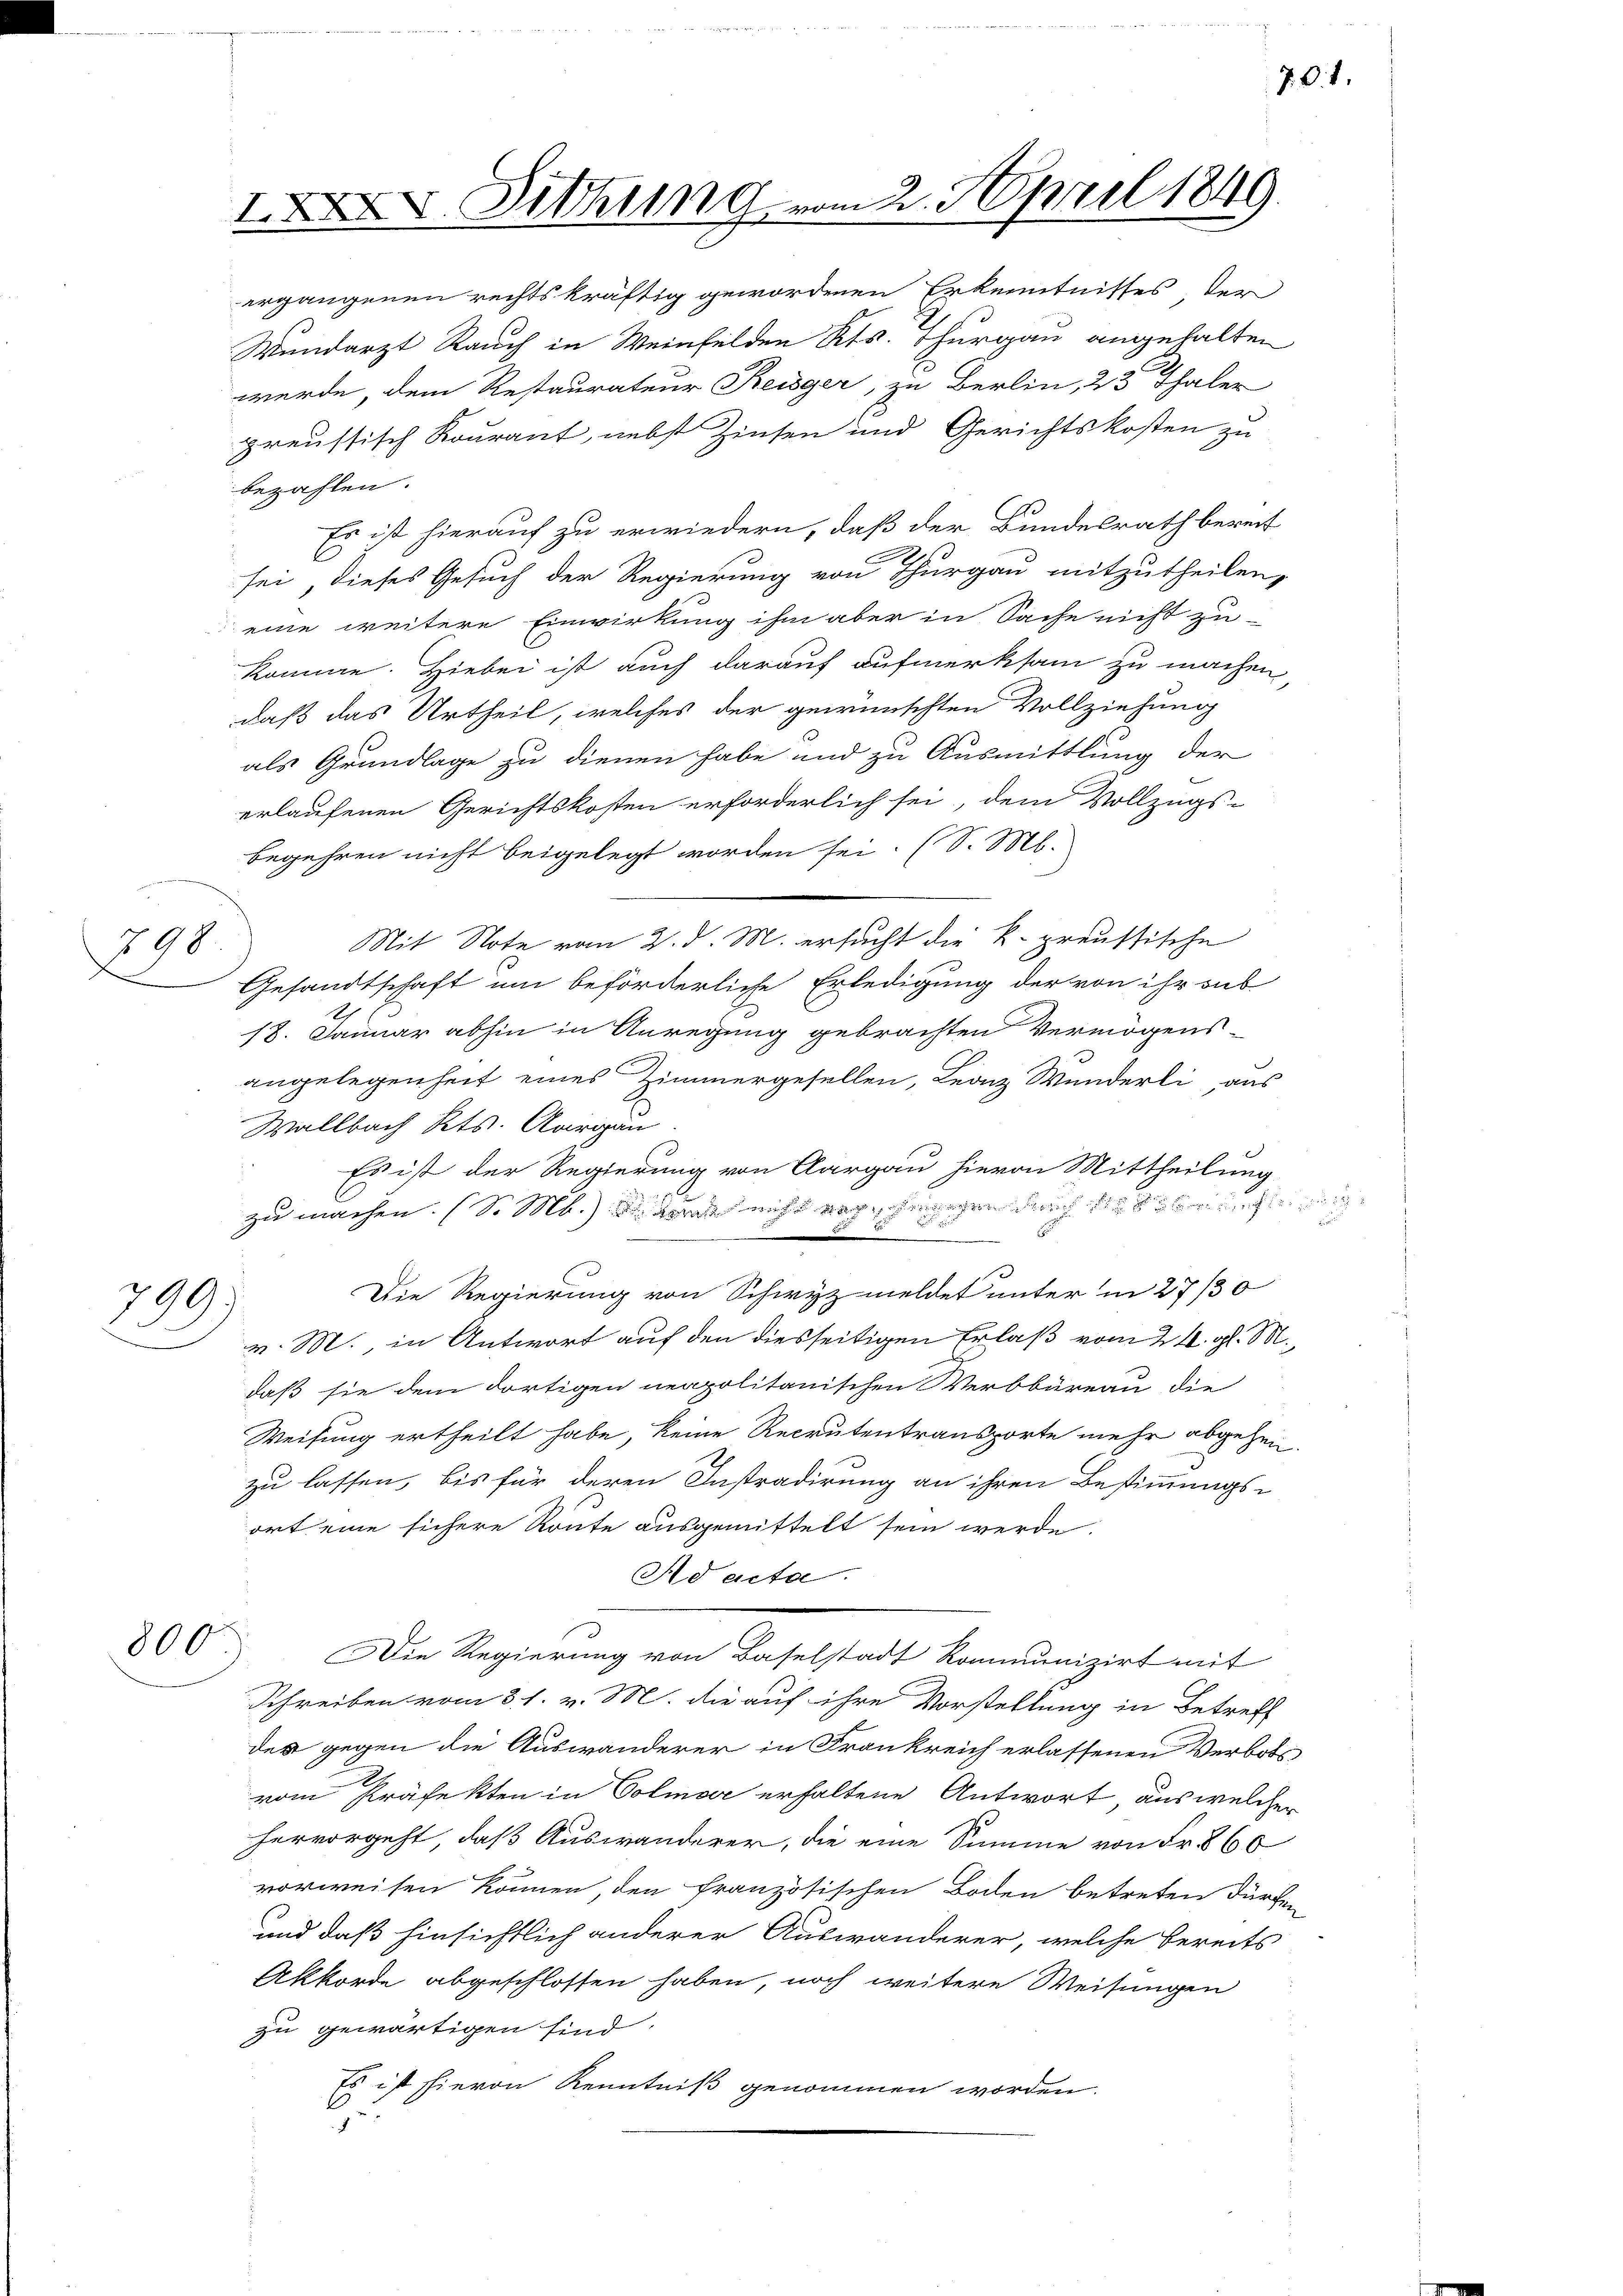
798

XI. Sitzung vom 2. April 1849.

ergangenen rechtskräftig gewordenen Erkenntnisses der
Wundarzt Rauch in Weinfelden Kts. Thurgau angehalten
werde, dem Restaurateur Reisger, zu Berlin, 25 Thaler
preussisch Rourant, nebst Zinsen und Gerichtskosten zu
bezahlen.
Es ist hierauf zu erwiedern, daß der Bundesrath bereit
sei, dieses Gesuch der Regierung von Thurgau mitzutheilen,
eine weitere Einwirkung ihm aber in Sache nicht zu-
komme. Hiebei ist auch darauf aufmerksam zu machen
daß das Urtheil, welches der gewünschten Vollziehung
als Grundlage zu dienen habe und zu Ausmittlung der
erlaufenen Gerichtskosten erforderlich sei, dem Vollzugs-
begehren nicht beigelegt worden sei. (S. M.
Mit Note vom 2. d. M. ersucht die k. preussische
Gesandtschaft um beförderliche Erledigung der von ihr sub
18. Januar abhin in Anregung gebrachten Vermögens-
angelegenheit eines Zimmergesellen, Leonz Wunderli aus
Wallbach Kts. Aargau
Es ist der Regierung von Aargau hievon Mittheilung
zu machen (S. M. dann nicht ergegen auch be
B
Die Regierung von Schwyz meldet unter in 27/30
799)
v. M. in Antwort auf den diesseitigen Erlaß vom 24. gl. M.
daß sie dem dortigen neapolitanischen Verbbüreau die
Weisung ertheilt habe, keine Recrutentransporte mehr abgehen
zu lassen, bis für deren Instradirung an ihren Bestimmungs-
ort eine sichere Route ausgemittelt sein werde.
Ad acta.
800
Die Regierung von Baselstadt Rommunizirt mit
Schreiben vom 31. v. M. die auf ihre Vorstellung in Betreff
der gegen die Auswanderer in Frankreich erlassenen Verbots
vom Präfekten in Colmar erhaltene Antwort aus welcher
hervorgeht, daß Auswanderer, die eine Summe von Fr. 860
vorweisen können den französischen Boden betreten dürfen
und daß hinsichtlich anderer Auswanderer, welche bereits
Akkorde abgeschlossen haben, noch weitere Weisungen
zu gewärtigen sind.
Es ist hievon Kenntniß genommen worden.
e

7. d. 1.